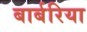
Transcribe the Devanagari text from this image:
बार्बरिया